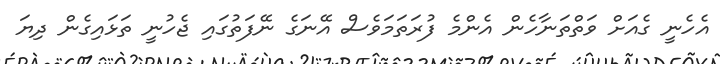
އެހެނީ ގެއަށް ވަތްތަނާހެން އެންމެ ފުރަތަމަވެސް އޭނަގެ ނޭފަތުގައި ޖެހުނީ ތަޅައިގެން ދިޔަ